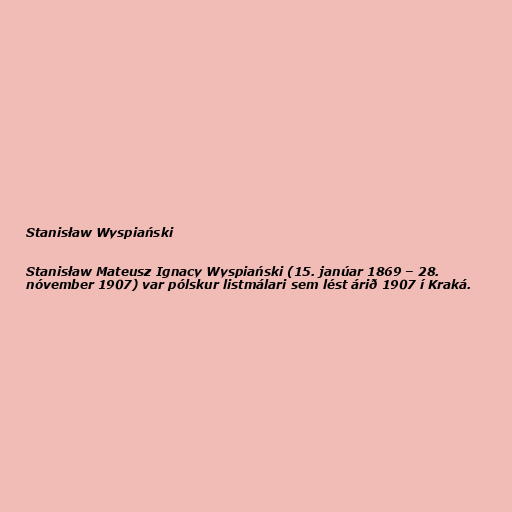
Stanisław Wyspiański

Stanisław Mateusz Ignacy Wyspiański (15. janúar 1869 – 28.
nóvember 1907) var pólskur listmálari sem lést árið 1907 í Kraká.